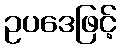
ဥပဒေဖြင့်